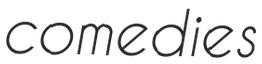
comedies